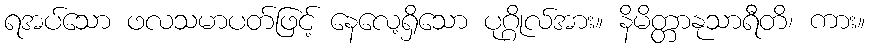
ရအပ်သော ဖလသမာပတ်ဖြင့် နေလေ့ရှိသော ပုဂ္ဂိုလ်အား။ နိမိတ္တာနုသာရီတိ၊ ကား။